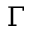
\Gamma